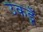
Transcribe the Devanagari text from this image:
उकडूँ